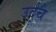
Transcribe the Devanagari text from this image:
उर्दूचे